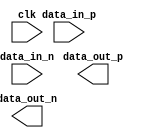
module differential_bidirectional_buffer (
    input wire clk,             // Clock signal
    input wire data_in_p,       // Positive input data signal
    input wire data_in_n,       // Negative input data signal
    output reg data_out_p,      // Positive output data signal
    output reg data_out_n       // Negative output data signal
);

// Implement differential buffer logic here

endmodule